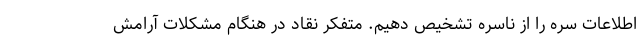
اطلاعات سره را از ناسره تشخیص دهیم. متفکر نقاد در هنگام مشکلات آرامش